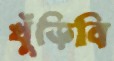
খুঁড়িবি